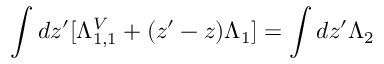
\int d z ^ { \prime } [ \Lambda _ { 1 , 1 } ^ { V } + ( z ^ { \prime } - z ) \Lambda _ { 1 } ] = \int d z ^ { \prime } \Lambda _ { 2 }